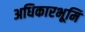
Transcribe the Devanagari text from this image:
अधिकारभूमि